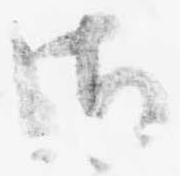
御